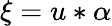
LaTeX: \xi=u*\alpha